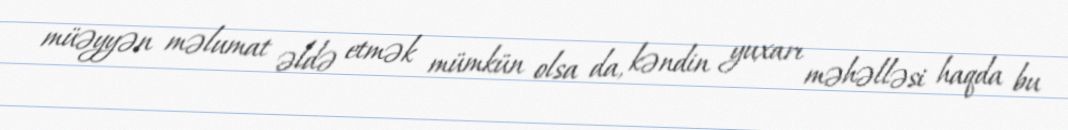
müəyyən məlumat əldə etmək mümkün olsa da, kəndin yuxarı məhəlləsi haqda bu